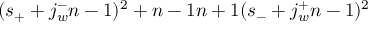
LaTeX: ( s _ { + } + { { j _ { w } ^ { - } } \o { n - 1 } } ) ^ { 2 } + { { n - 1 } \o { n + 1 } } ( s _ { - } + { { j _ { w } ^ { + } } \o { n - 1 } } ) ^ { 2 }